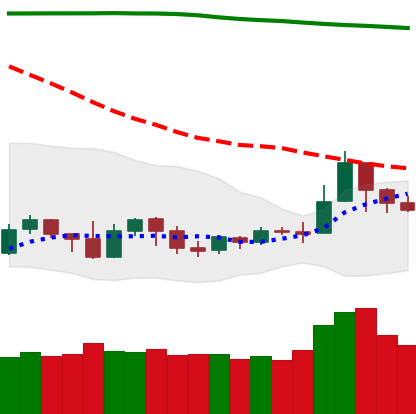
Ticker: NEO-USD
Chart end date: 2019-09-21
Forward return: -24.03%
Label: down_7plus